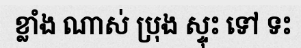
ខ្លាំង ណាស់ ប្រុង ស្ទុះ ទៅ ទះ